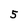
Character: 5